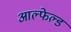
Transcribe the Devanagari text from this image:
आल्फेल्ड